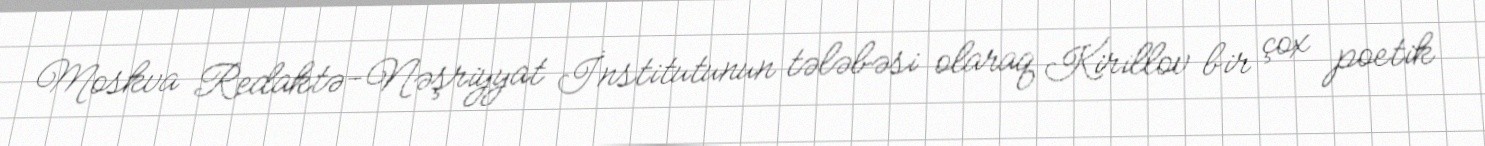
Moskva Redaktə-Nəşriyyat İnstitutunun tələbəsi olaraq Kirillov bir çox poetik